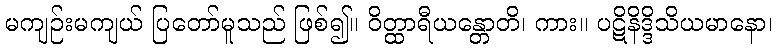
မကျဉ်းမကျယ် ပြတော်မူသည် ဖြစ်၍။ ဝိတ္ထာရီယန္တောတိ၊ ကား။ ပဋိနိဒ္ဒိသိယမာနော၊